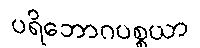
ပရိဘောဂပစ္စယာ